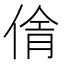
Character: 𪝓